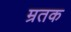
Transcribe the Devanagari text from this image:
म्रतक